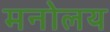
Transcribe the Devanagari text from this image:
मनोलय